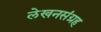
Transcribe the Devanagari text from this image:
लेखनसंग्रह